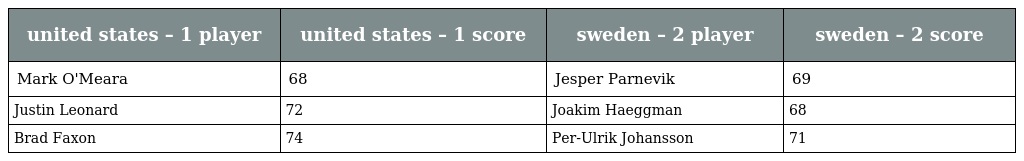
| united states – 1 player | united states – 1 score | sweden – 2 player | sweden – 2 score |
 | --- | --- | --- | --- |
 | Mark O'Meara | 68 | Jesper Parnevik | 69 |
 | Justin Leonard | 72 | Joakim Haeggman | 68 |
 | Brad Faxon | 74 | Per-Ulrik Johansson | 71 |